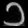
Digit: ၁